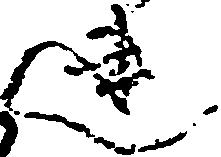
連